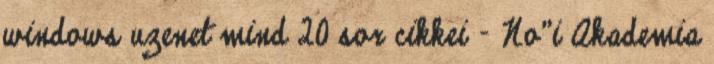
windows uzenet mind 20 sor cikkei - No"i Akademia